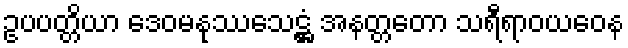
ဥပပတ္တိယာ ဒေဝမနုဿသေဋ္ဌံ အနတ္တတော သရီရာဝယဝေန